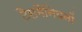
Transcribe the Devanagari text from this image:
टैसमैनियनों